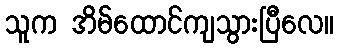
သူက အိမ်ထောင်ကျသွားပြီလေ။